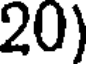
20)